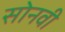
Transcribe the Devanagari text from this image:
सोनवी